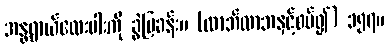
အန္တရာယ်လေးပါးကို ခွဲပြခန်း။ (လာဘ်လာဘနှင့်စပ်၍) ၁၅၇။